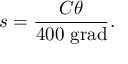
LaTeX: s = { \frac { C \theta } { 4 0 0 \ { \mathrm { g r a d } } } } .